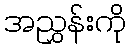
အညွှန်းကို